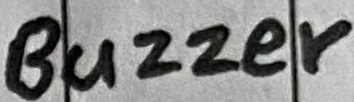
Text: Buzzer